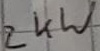
Text: 2kW